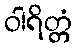
ဝါရိတ္တံ